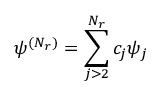
{ \psi ^ { ( N _ { r } ) } = \sum _ { j > 2 } ^ { N _ { r } } c _ { j } \psi _ { j } }